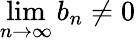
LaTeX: \operatorname*{lim}_{n\to\infty}b_{n}\neq 0